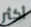
أكثر